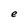
Character: e